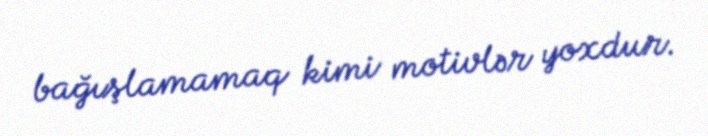
bağışlamamaq kimi motivlər yoxdur.